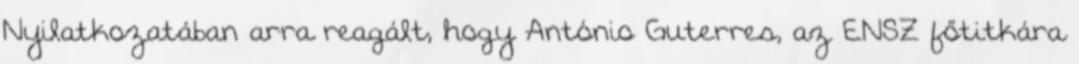
Nyilatkozatában arra reagált, hogy António Guterres, az ENSZ főtitkára